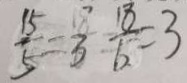
\frac { 1 5 } { 5 } = \frac { 1 8 } { 3 } \frac { 1 8 } { 6 } = 3